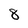
Character: 8